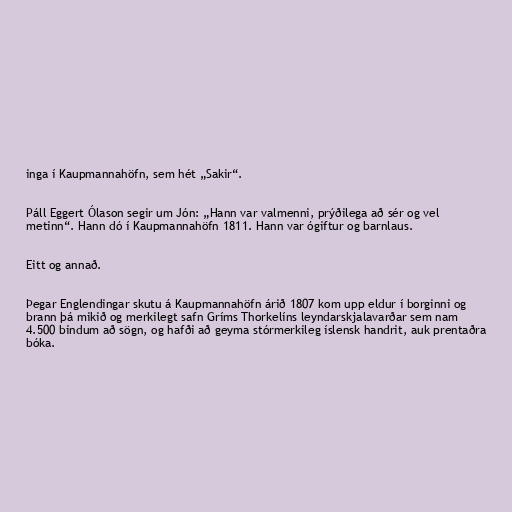
inga í Kaupmannahöfn, sem hét „Sakir“.

Páll Eggert Ólason segir um Jón: „Hann var valmenni, prýðilega að sér og vel
metinn“. Hann dó í Kaupmannahöfn 1811. Hann var ógiftur og barnlaus.

Eitt og annað.

Þegar Englendingar skutu á Kaupmannahöfn árið 1807 kom upp eldur í borginni og
brann þá mikið og merkilegt safn Gríms Thorkelíns leyndarskjalavarðar sem nam
4.500 bindum að sögn, og hafði að geyma stórmerkileg íslensk handrit, auk prentaðra
bóka.